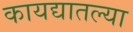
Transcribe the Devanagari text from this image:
कायद्यातल्या